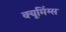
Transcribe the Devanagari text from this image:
क्यूमिंग्स